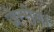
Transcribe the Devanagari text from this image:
जेन्सेन।